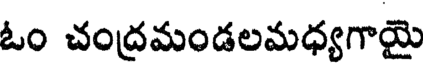
ఓం చంద్రమండలమధ్యగాయై